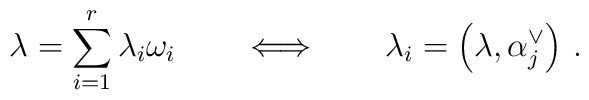
\lambda=\sum_{i=1}^{r}\lambda_{i}\omega_{i}\qquad\Longleftrightarrow\qquad\lambda_{i}=\left(\lambda,\alpha_{j}^{\vee}\right)\,.